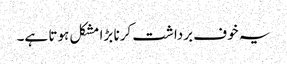
یہ خوف برداشت کرنا بڑا مشکل ہوتا ہے۔